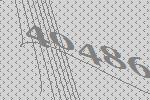
40486